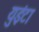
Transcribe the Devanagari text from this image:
युइंटा